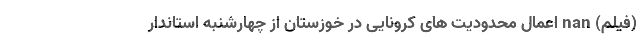
(فیلم) nan اعمال محدودیت های کرونایی در خوزستان از چهارشنبه استاندار